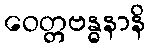
ဝေတ္တဗန္ဓနာနိ